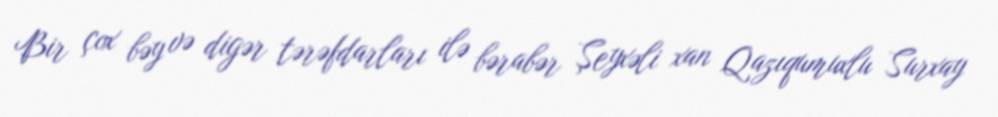
Bir çox bəy və digər tərəfdarları ilə bərabər Şeyxəli xan Qazıqumuxlu Surxay